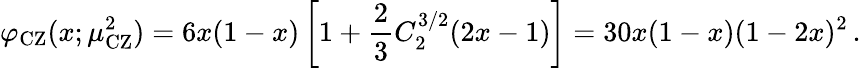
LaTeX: \varphi_{\mathrm{CZ}}(x;\mu_{\mathrm{CZ}}^{2})=6x(1-x)\left[1+\frac{2}{3}C_{2}^{3/2}(2x-1)\right]=30x(1-x)(1-2x)^{2}\, .